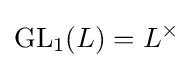
\operatorname {GL} _{1}(L)=L^{\times }